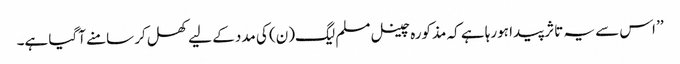
’’ اس سے یہ تاثر پیدا ہورہا ہے کہ مذکورہ چینل مسلم لیگ(ن) کی مدد کے لیے کھل کر سامنے آگیا ہے۔